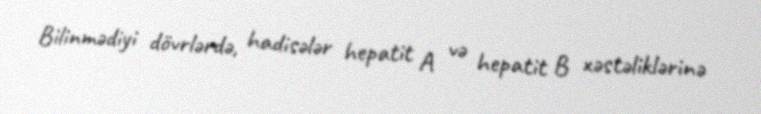
Bilinmədiyi dövrlərdə, hadisələr hepatit A və hepatit B xəstəliklərinə